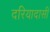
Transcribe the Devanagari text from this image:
दरियादासी